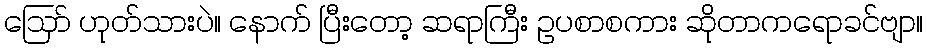
ဪ ဟုတ်သားပဲ။ နောက် ပြီးတော့ ဆရာကြီး ဥပစာစကား ဆိုတာကရောခင်ဗျာ။